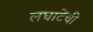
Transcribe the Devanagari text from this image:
लघाटेंची